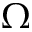
\Omega